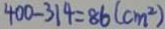
4 0 0 - 3 1 4 = 8 6 ( c m ^ { 2 } )